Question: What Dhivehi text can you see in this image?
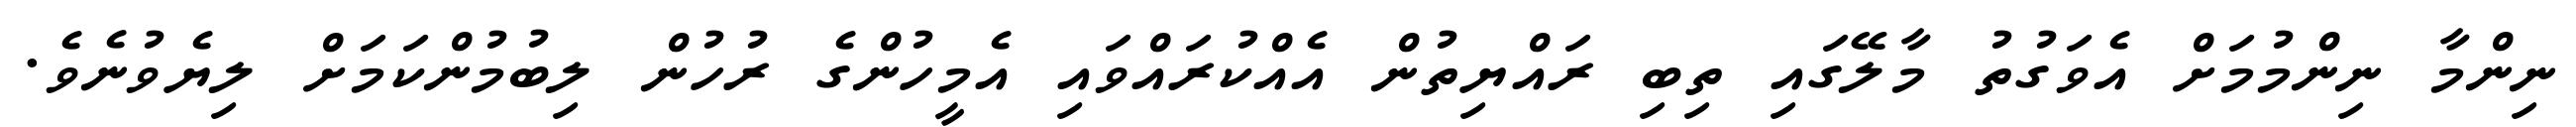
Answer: ނިންމާ ނިންމުމަށް އެވަގުތު މާލޭގައި ތިބި ރައްޔިތުން އެއްކުރައްވައި އެމީހުންގެ ރުހުން ލިބުމުންކަމަށް ލިޔެވުނެވެ.